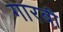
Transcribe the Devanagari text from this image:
गारबी